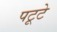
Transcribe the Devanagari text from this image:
पटूटे